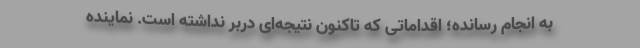
به انجام رسانده؛ اقداماتی که تاکنون نتیجه‌ای دربر نداشته است. نماینده